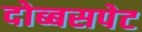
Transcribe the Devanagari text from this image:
दोब्बसपेट